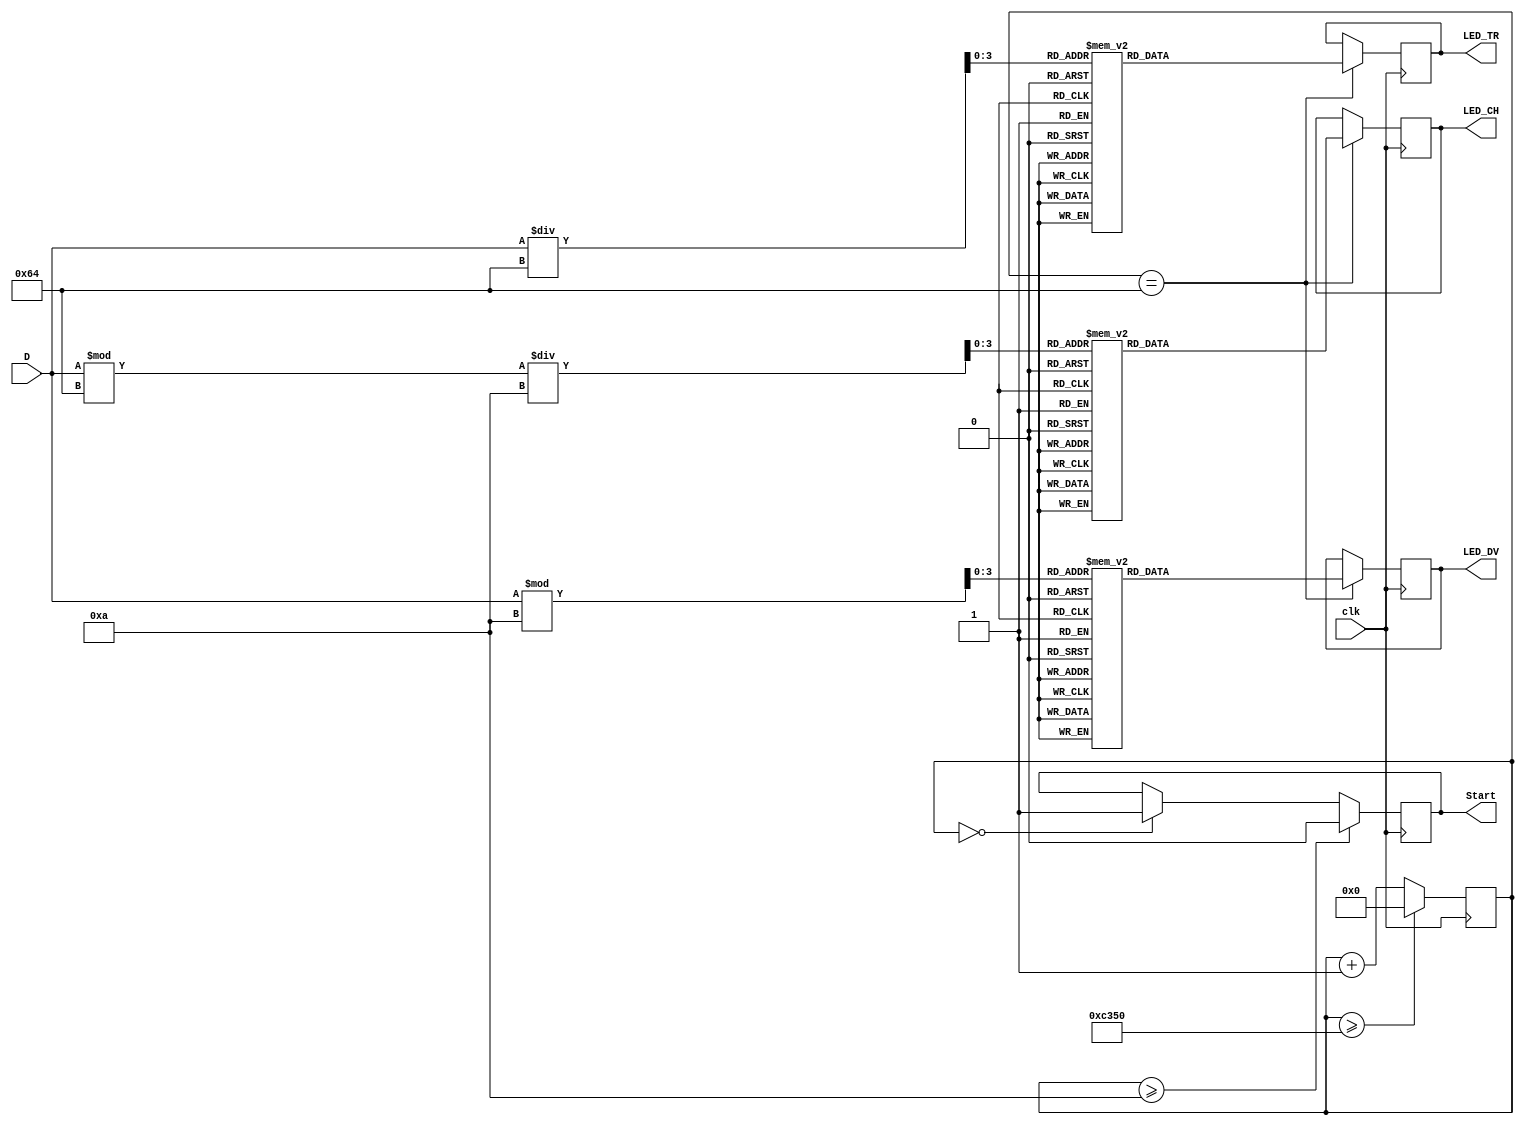
module HK2_1617(clk, D, Start, LED_TR, LED_CH, LED_DV);
	input clk;
	input [7:0] D;
	output Start;
	output [6:0] LED_TR,LED_CH,LED_DV;
	reg [15:0] count= 0;
	reg [7:0] temp_D;
	reg [6:0] LED_TR = 7'h0,LED_CH = 7'h0,LED_DV = 7'h0;
	reg Start = 1'b0;
	reg [3:0] TR = 4'h0,CH = 4'h0,DV = 4'h0;
	always @(posedge clk)begin
		count<= count + 1;
		if(count == 0)
			Start = 1'b1;
		if (count >= 10)
			Start = 1'b0;
		if (count >= 50000) 
			count <= 0;
		if (count == 100) begin
			temp_D = D;
			TR = temp_D/100;
			CH = (temp_D%100)/10;
			DV = temp_D%10;
			case (TR)
				4'h0: 	LED_TR = 7'h3F;
				4'h1: 	LED_TR = 7'h06;
				4'h2: 	LED_TR = 7'h5B;
				4'h3: 	LED_TR = 7'h4F;
				4'h4: 	LED_TR = 7'h66;
				4'h5: 	LED_TR = 7'h6D;
				4'h6: 	LED_TR = 7'h3C;
				4'h7: 	LED_TR = 7'h07;
				4'h8: 	LED_TR = 7'h7F;
				4'h9: 	LED_TR = 7'h67;
				default: LED_TR = 7'hx;
			endcase
			case (CH)
				4'h0: 	LED_CH = 7'h3F;
				4'h1: 	LED_CH = 7'h06;
				4'h2: 	LED_CH = 7'h5B;
				4'h3: 	LED_CH = 7'h4F;
				4'h4: 	LED_CH = 7'h66;
				4'h5: 	LED_CH = 7'h6D;
				4'h6: 	LED_CH = 7'h3C;
				4'h7: 	LED_CH = 7'h07;
				4'h8: 	LED_CH = 7'h7F;
				4'h9: 	LED_CH = 7'h67;
				default: LED_CH = 7'hx;
				endcase
			case (DV)
				4'h0: 	LED_DV = 7'h3F;
				4'h1: 	LED_DV = 7'h06;
				4'h2: 	LED_DV = 7'h5B;
				4'h3: 	LED_DV = 7'h4F;
				4'h4: 	LED_DV = 7'h66;
				4'h5: 	LED_DV = 7'h6D;
				4'h6: 	LED_DV = 7'h3C;
				4'h7: 	LED_DV = 7'h07;
				4'h8: 	LED_DV = 7'h7F;
				4'h9: 	LED_DV = 7'h67;
				default: LED_DV = 7'hx;
			endcase
		end
	end
endmodule